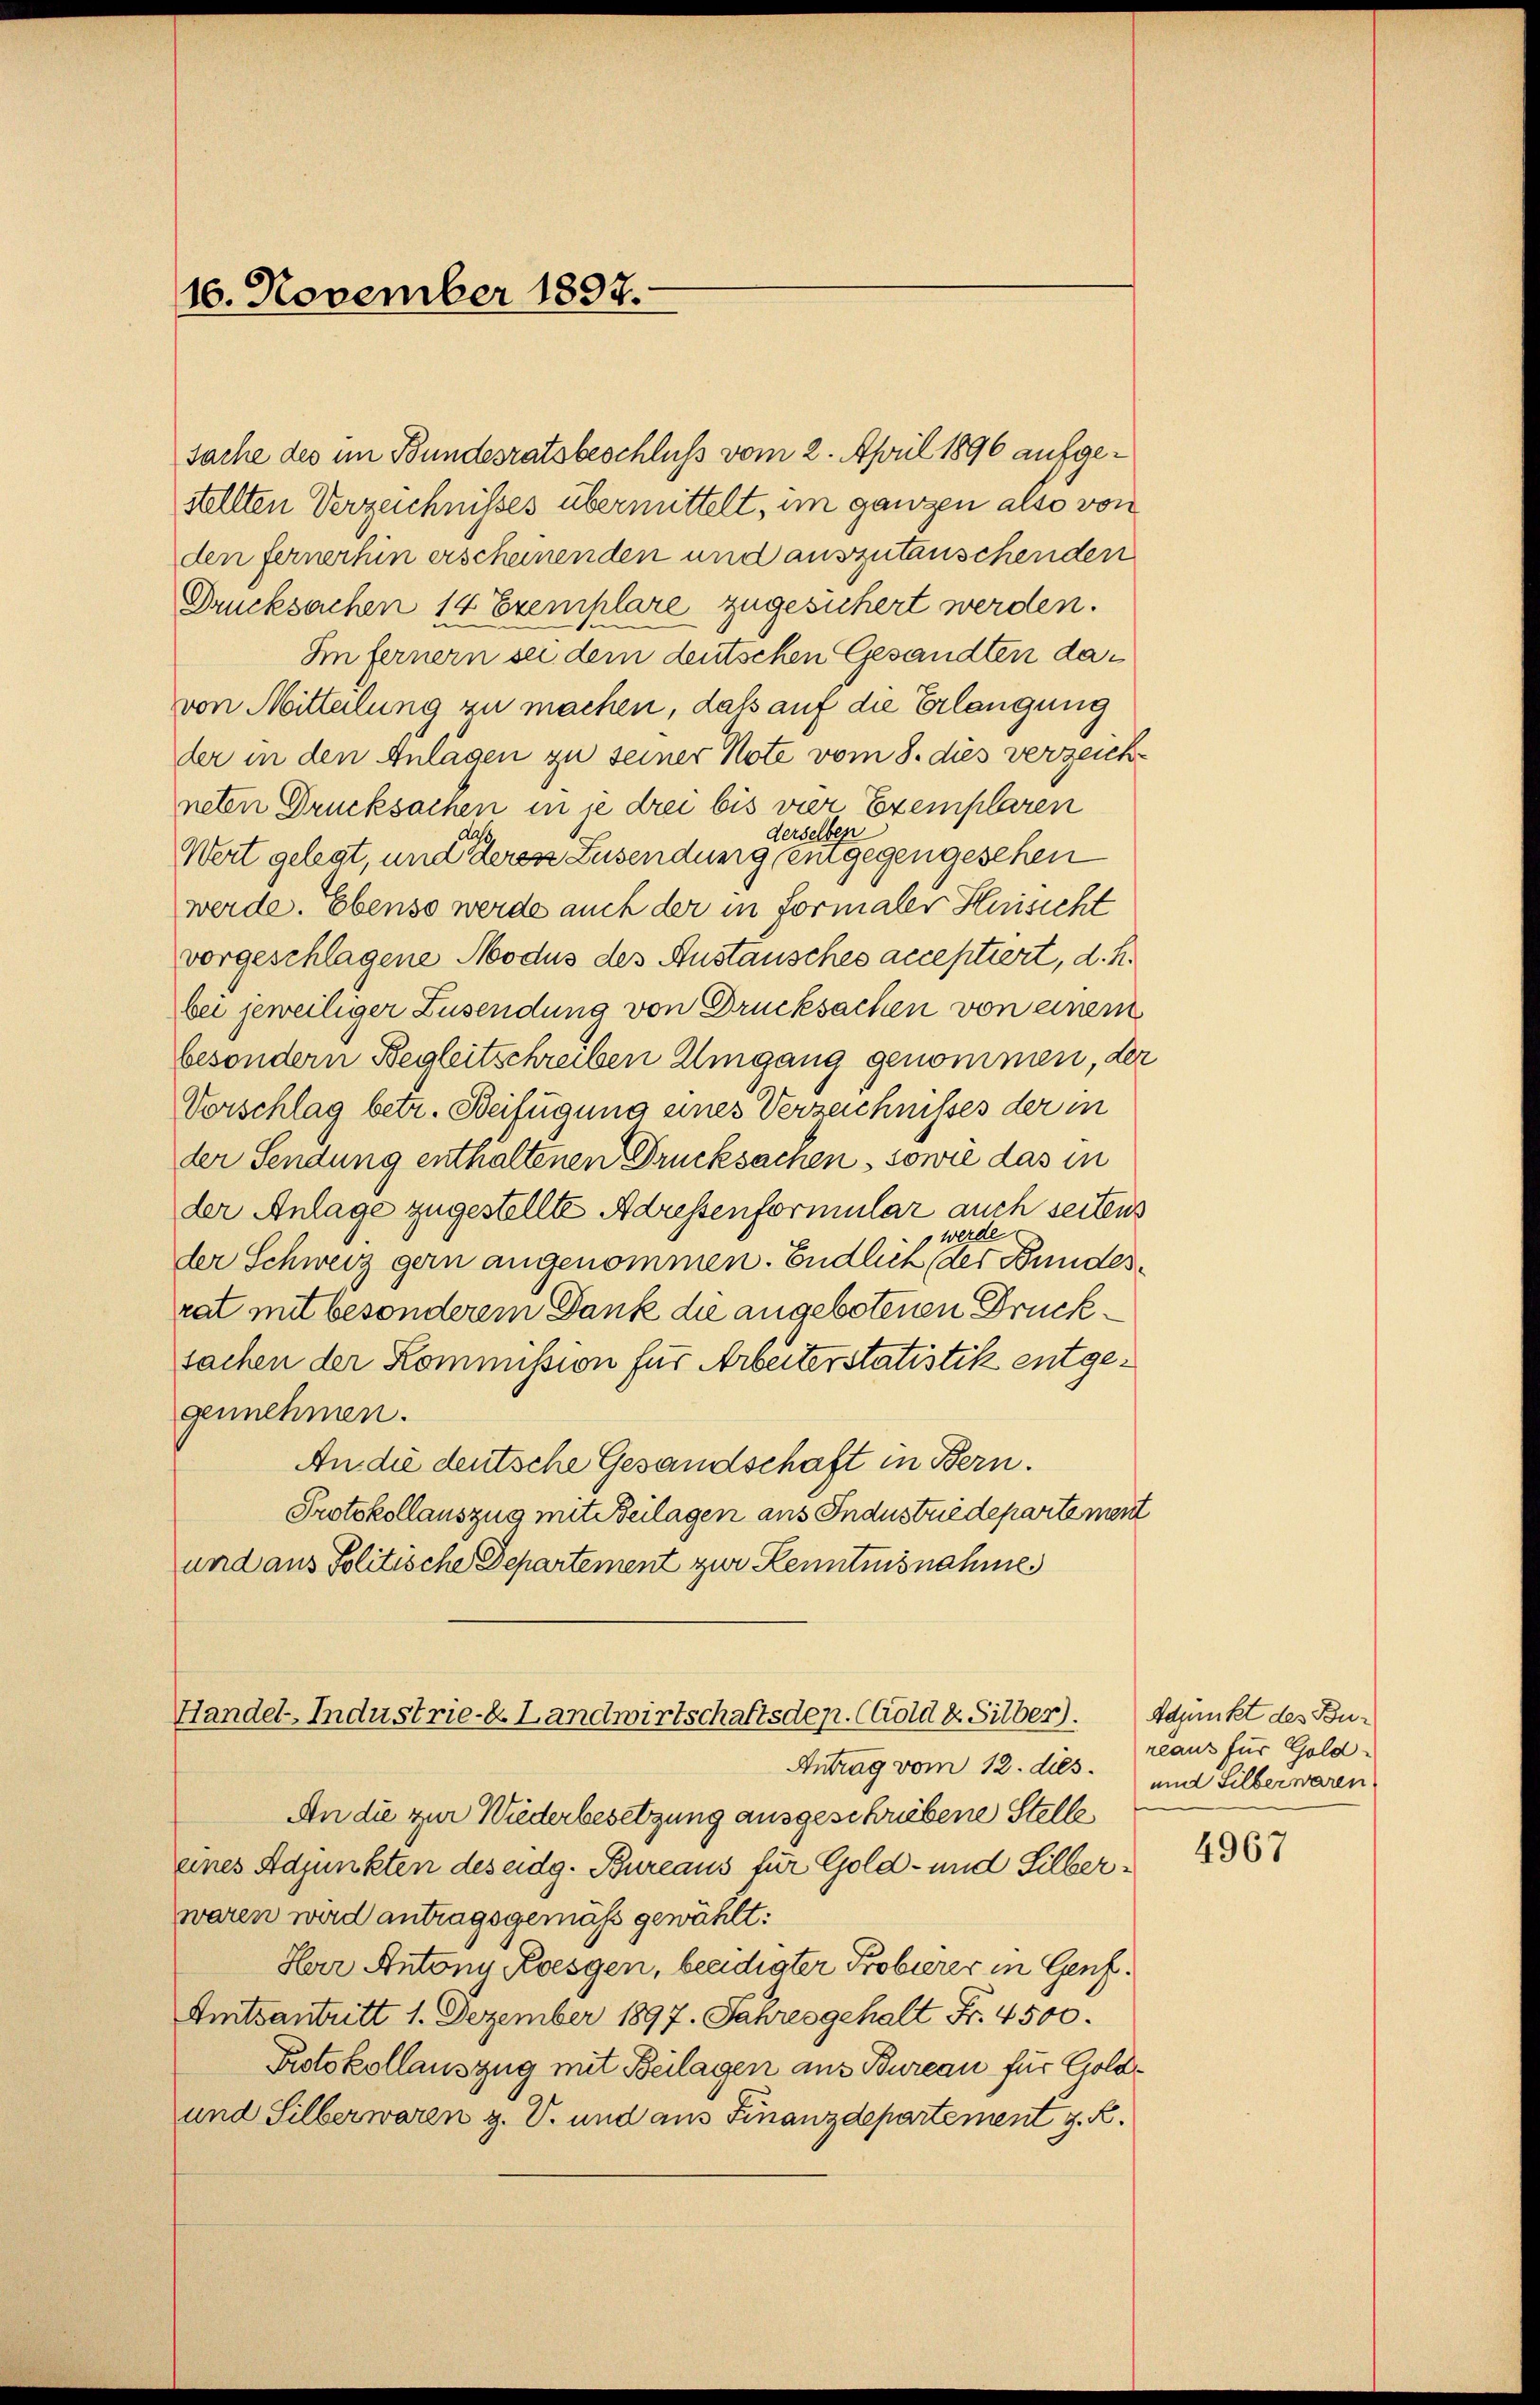
16. November 1897.

Sache des im Bundesratsbeschluss vom 2. April 1896 aufgestellten Verzeichnisses übermittelt, im ganzen also von
den fernerhin erscheinenden und auszutauschenden
Drucksachen 14 Exemplare zugesichert werden.
Im fernern sei dem deutschen Gesandten davon Mitteilung zu machen, daß auf die Erlangung
der in den Anlagen zu seiner Note vom 8. dies verzeichneten Drucksachen in je drei bis vier Exemplaren
derselben
dar
Wert gelegt, und deres Zusendung eingegengesehen
werde. Ebenso werde auch der in Formaler Heisicht
vorgeschlagene Modus des Anstausches acceptiert, d. h.
bei jeweiliger Zusendung von Drucksachen von einem
besondern Begleitschreiben Umgang genommen, der
Vorschlag betr. Beifügung eines Verzeichnisses der in
der Sendung enthaltenen Drucksachen, sowie das in
der Anlage zugestellte Adressenformular auch seitens
werde
der Schweiz gern angenommen. Endlich der Bundesrat mit besonderem Dank die angebotenen Drucksachen der Kommission für Arbeiterstatistik entgegennehmen.
An die deutsche Gesandschaft in Bern.
Protokollauszug mit Beilagen aus Industriedepartement
und aus Politische Departement zur Kenntnisnahme

Handel-Industrie- & Landwirtschaftsdep. CGold & Silber).

Antrag vom 12. dies.
An die zur Wiederbesetzung ausgeschriebene Stelle,
eines Adjunkten des eidg. Bureaus für Gold- und Silberwaren wird antragsgemäß gewählt:
Herr Antony Koesgen, beeidigter Probierer in Genf.
Amtsantritt 1. Dezember 1897. Jahres gehalt Fr. 4500.
Protokollauszug mit Beilagen aus Bureau für Gold¬
und Silber waren z. V. und aus Finanzdepartement z. B.

Adjunkt des Bur
reaus für Gold¬
und Silber waren

4967